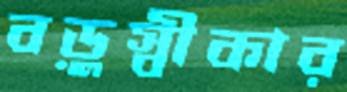
বড়ুস্বীকার